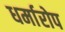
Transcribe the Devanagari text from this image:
धर्मारोप